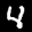
Label: 4